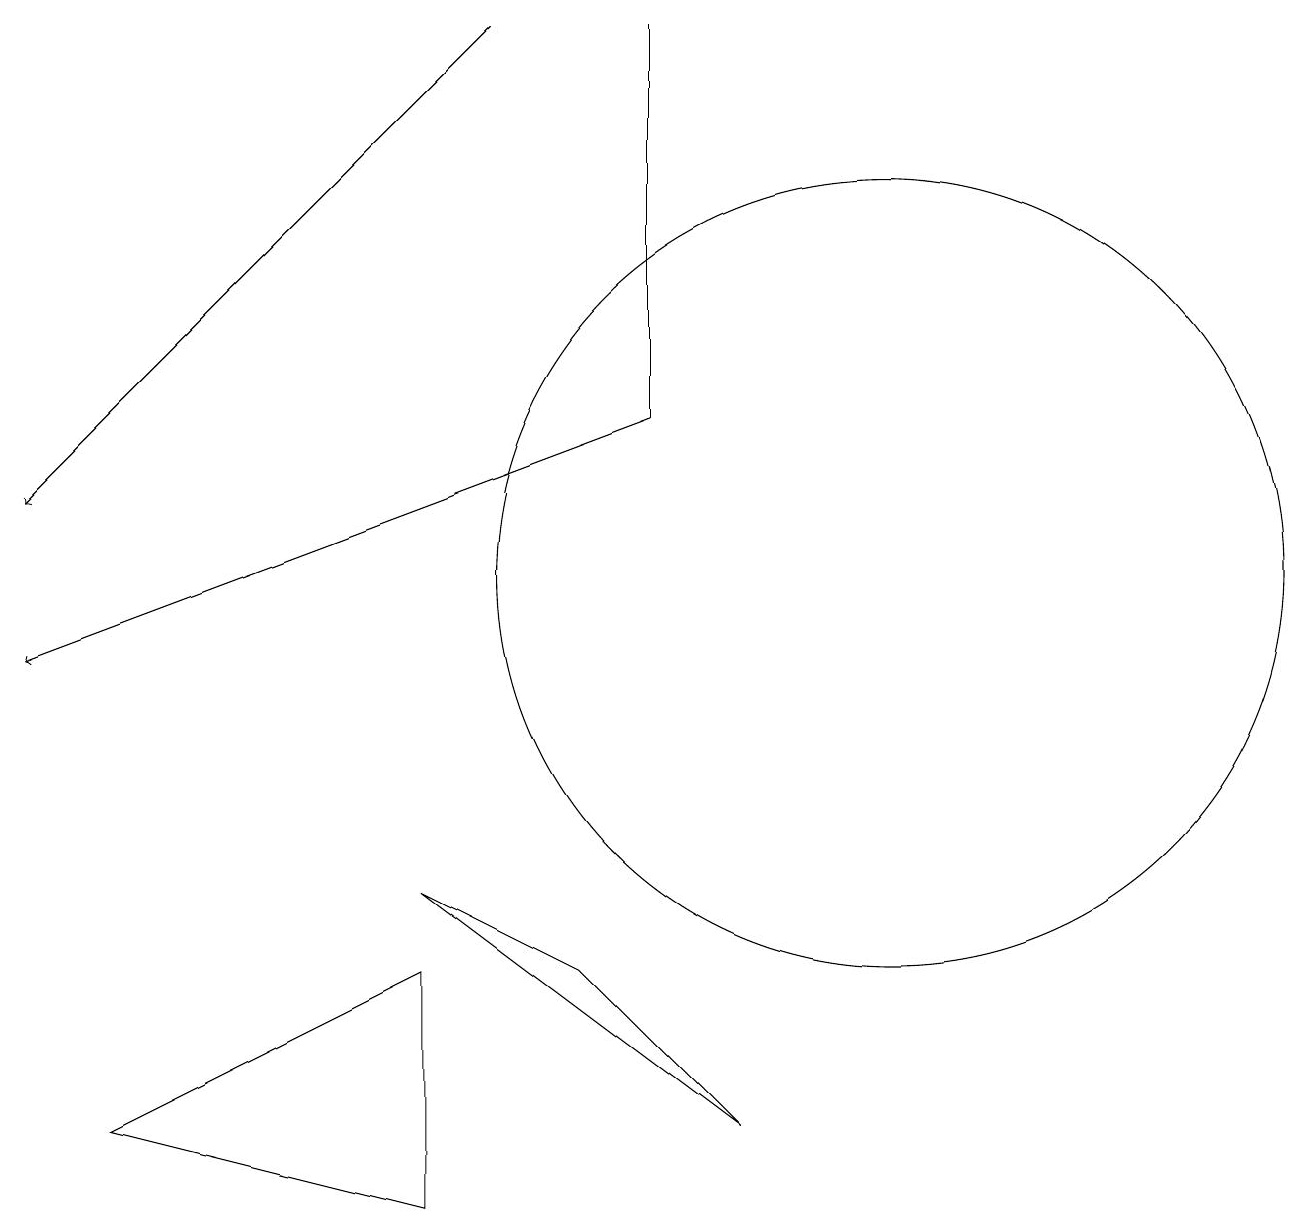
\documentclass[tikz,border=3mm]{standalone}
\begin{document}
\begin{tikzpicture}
\draw (8,13) rectangle (8,18);
\draw (11,11) circle (5);
\draw[->] (8,13) -- (0,10);
\draw (7,6) -- (5,7) -- (9,4) -- cycle;
\draw[->] (6,18) -- (0,12);
\draw (1,4) -- (5,3) -- (5,6) -- cycle;
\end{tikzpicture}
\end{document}